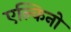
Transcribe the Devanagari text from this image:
एल्किनो